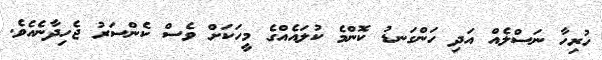
ހުރިހާ ނަސްލެއް އަދި ހަންގަނޑު ކޮންމެ ކުލައެއްގެ މީހަކަށް ވެސް ކެންސަރު ޖެހިދާނެއެވެ.